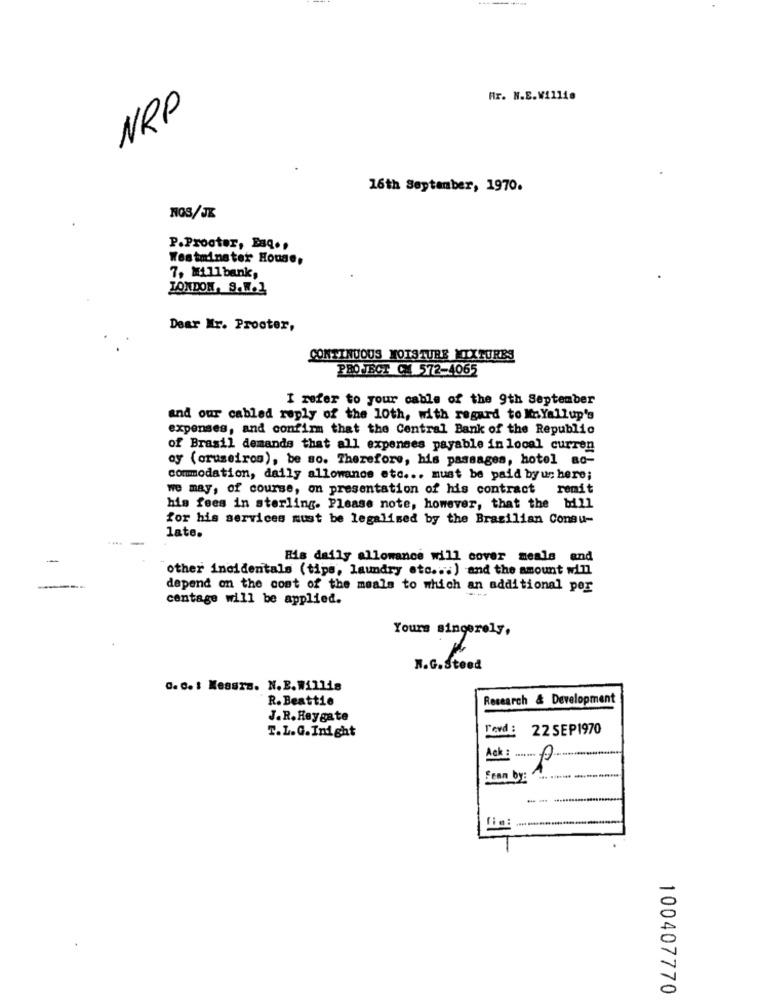
Hr. N.E.Willie
NRP
16th September, 1970.
NOS/JK
P.Prooter, Baq ..
Westminster House,
7, MA11 bank,
LONDON, S.W.J
Dear Mr. Procter,
CONTINUOUS MOISTURE MIXTURES
PROTECT CH 572-4065
I refer to your cable of the 9th September
and our cabled reply of the 10th, with regard to knYallup's
expenses, and confirm that the Central Bank of the Republic
of Brasil demands that all expenses payable in local curren
oy (oruseiros), be so. Therefore, his passages, hotel ac-
commodation, daily allowance etc ... must be paid byus here;
we may, of course, on presentation of his contract remit
his fees in sterling. Please note, however, that the bill
for his services must be legalised by the Brazilian Consu-
late.
-
-
Bis daily allowance will cover meals and
other incidentals (tips, laundry etc ... ) and the amount will
-
depend on the cost of the meals to which an additional per
centage will be applied.
Yours sincerely,
N.G.Steed
G. C. : Messrs. N.B.Willis
R. Beattie
Research & Development
J.R.Heygate
Tevd :
22 SEP1970
T.L.G.Inight
Ack : .......
Fean by:
100407770